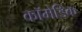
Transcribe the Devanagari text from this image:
कॉमेडिक